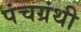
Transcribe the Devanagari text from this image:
पंचग्रंथी